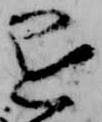
退